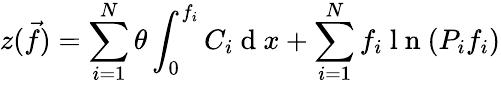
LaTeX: z(\vec{f})=\sum_{i=1}^{N}\theta\int_{0}^{f_{i}}{C_{i}}\mathrm{~d~}x+\sum_{i=1}^{N}f_{i}\mathrm{~l~n~}(P_{i}f_{i})